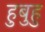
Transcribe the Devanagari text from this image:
हुबुहु